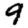
Digit: 9